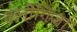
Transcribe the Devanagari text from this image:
कनोगिज़ा